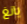
يانغ